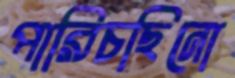
পারিচছিনো